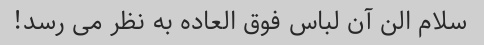
سلام الن آن لباس فوق العاده به نظر می رسد!